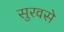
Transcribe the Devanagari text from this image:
सुरवसे